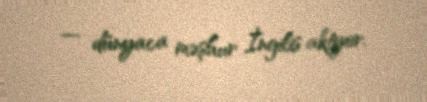
— dünyaca məşhur İngilis aktyor.